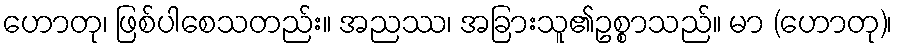
ဟောတု၊ ဖြစ်ပါစေသတည်း။ အညဿ၊ အခြားသူ၏ဥစ္စာသည်။ မာ (ဟောတု)၊